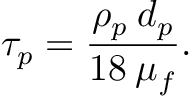
\tau _ { p } = \frac { \rho _ { p } \: d _ { p } } { 1 8 \: \mu _ { f } } .